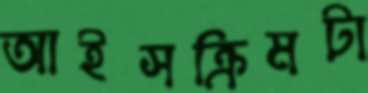
আইসক্রিমটা